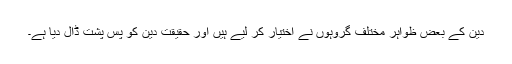
دین کے بعض ظواہر مختلف گروہوں نے اختیار کر لیے ہیں اور حقیقت دین کو پس پشت ڈال دیا ہے۔